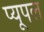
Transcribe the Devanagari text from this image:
प्यूपल